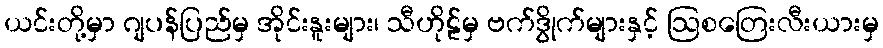
ယင်းတို့မှာ ဂျပန်ပြည်မှ အိုင်းနူးများ၊ သီဟိုဠ်မှ ဗက်ဒွိုက်များနှင့် ဩစတြေးလီးယားမှ